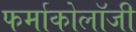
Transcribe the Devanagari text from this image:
फर्माकोलॉजी